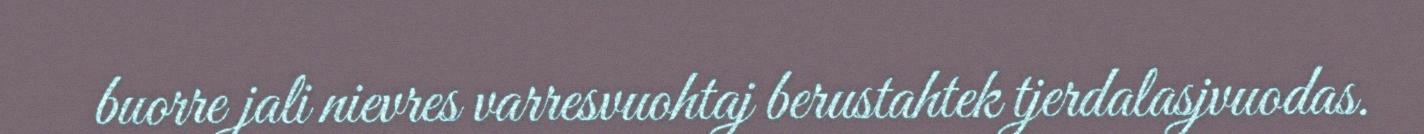
buorre jali nievres varresvuohtaj berustahtek tjerdalasjvuodas.